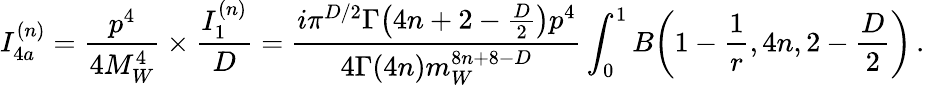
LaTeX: I_{4a}^{(n)}=\frac{p^{4}}{4M_{W}^{4}}\times\frac{I_{1}^{(n)}}{D}=\frac{i\pi^{D/2}\Gamma\big(4n+2-\frac{D}{2}\big)p^{4}}{4\Gamma(4n)m_{W}^{8n+8-D}}\int_{0}^{1}B\bigg(1-\frac{1}{r},4n,2-\frac{D}{2}\bigg)\, .